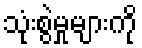
သုံးစွဲမှုများကို